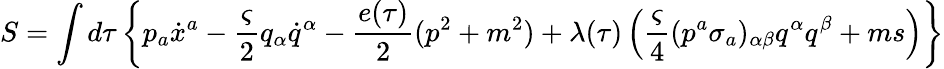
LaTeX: S=\int d\tau\left\{ p_{a}\dot{x}^{a}-\frac{\varsigma}{2}q_{\alpha}\dot{q}^{\alpha}-\frac{e(\tau)}{2}(p^{2}+m^{2})+\lambda(\tau)\left(\frac{\varsigma}{4}(p^{a}\sigma_{a})_{\alpha\beta}q^{\alpha}q^{\beta}+ms\right)\right\}